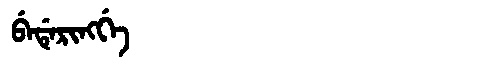
Manchu: ᠪᡝᡩᡝᡵᡳᠩᡤᡝ
Romanization: BEDERINGGE